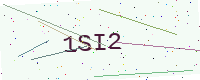
Text: 1SI2